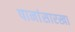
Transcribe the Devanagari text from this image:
पानांसारखा